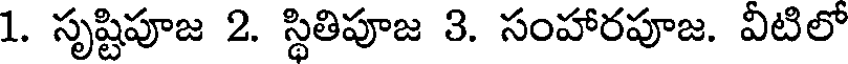
1. సృష్టిపూజ 2. స్థితిపూజ 3. సంహారపూజ. వీటిలో